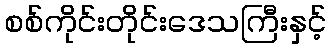
စစ်ကိုင်းတိုင်းဒေသကြီးနှင့်